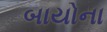
બાયોના